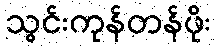
သွင်းကုန်တန်ဖိုး